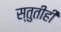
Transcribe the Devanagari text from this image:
स्तुतीही